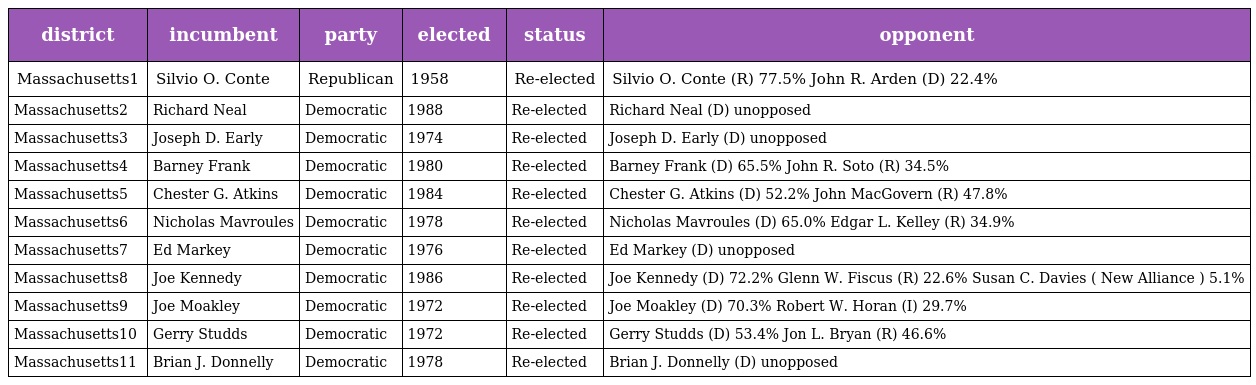
| district | incumbent | party | elected | status | opponent |
 | --- | --- | --- | --- | --- | --- |
 | Massachusetts1 | Silvio O. Conte | Republican | 1958 | Re-elected | Silvio O. Conte (R) 77.5% John R. Arden (D) 22.4% |
 | Massachusetts2 | Richard Neal | Democratic | 1988 | Re-elected | Richard Neal (D) unopposed |
 | Massachusetts3 | Joseph D. Early | Democratic | 1974 | Re-elected | Joseph D. Early (D) unopposed |
 | Massachusetts4 | Barney Frank | Democratic | 1980 | Re-elected | Barney Frank (D) 65.5% John R. Soto (R) 34.5% |
 | Massachusetts5 | Chester G. Atkins | Democratic | 1984 | Re-elected | Chester G. Atkins (D) 52.2% John MacGovern (R) 47.8% |
 | Massachusetts6 | Nicholas Mavroules | Democratic | 1978 | Re-elected | Nicholas Mavroules (D) 65.0% Edgar L. Kelley (R) 34.9% |
 | Massachusetts7 | Ed Markey | Democratic | 1976 | Re-elected | Ed Markey (D) unopposed |
 | Massachusetts8 | Joe Kennedy | Democratic | 1986 | Re-elected | Joe Kennedy (D) 72.2% Glenn W. Fiscus (R) 22.6% Susan C. Davies ( New Alliance ) 5.1% |
 | Massachusetts9 | Joe Moakley | Democratic | 1972 | Re-elected | Joe Moakley (D) 70.3% Robert W. Horan (I) 29.7% |
 | Massachusetts10 | Gerry Studds | Democratic | 1972 | Re-elected | Gerry Studds (D) 53.4% Jon L. Bryan (R) 46.6% |
 | Massachusetts11 | Brian J. Donnelly | Democratic | 1978 | Re-elected | Brian J. Donnelly (D) unopposed |